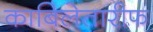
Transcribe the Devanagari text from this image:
काबिलेतारीफ